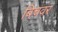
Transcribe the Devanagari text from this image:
बिचवर